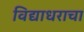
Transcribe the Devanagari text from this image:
विद्याधराचा